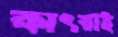
কাৎরাই